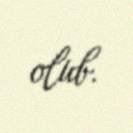
olub.